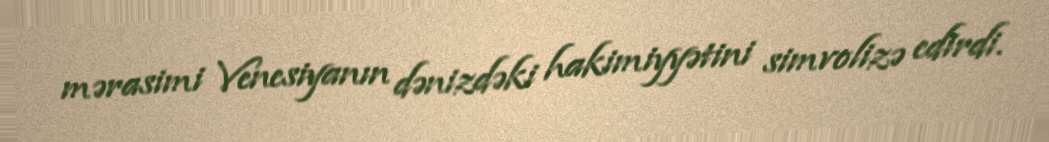
mərasimi Venesiyanın dənizdəki hakimiyyətini simvolizə edirdi.